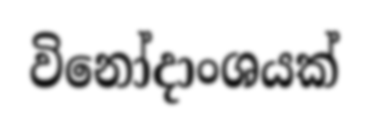
විනෝදාංශයක්